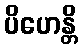
ပိဟေန္တိ